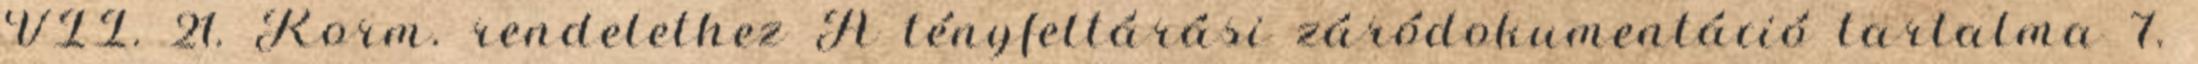
VII. 21. Korm. rendelethez A tényfeltárási záródokumentáció tartalma 7.